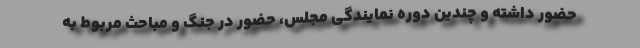
حضور داشته و چندین دوره نمایندگی مجلس، حضور در جنگ و مباحث مربوط به